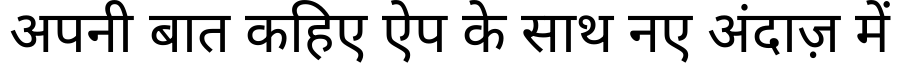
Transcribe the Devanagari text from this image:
अपनी बात कहिए ऐप के साथ नए अंदाज़ में